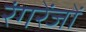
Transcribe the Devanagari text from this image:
रंगरेंजों